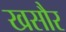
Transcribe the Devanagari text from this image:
खसौर